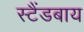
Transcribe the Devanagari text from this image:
स्टैंडबाय